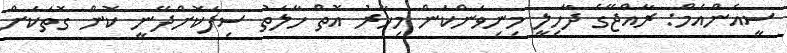
ސީއެންއެމް: ރާއްޖޭގެ ދާހިލީ މިނިވަންކަން މިހާރު އޮތް ހާލަތު ސިފަކޮށްދޭނީ ކޮން ގޮތަކަށް